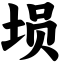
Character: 埙